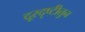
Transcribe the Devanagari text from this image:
दूरदृष्टीतुन